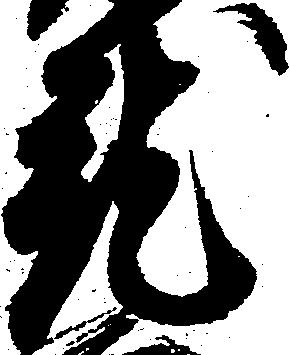
就